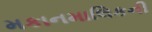
મકાનમાલિકની